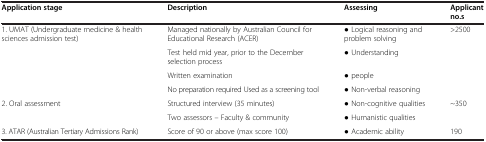
<table><thead><tr><td><b>Application stage</b></td><td><b>Description</b></td><td><b>Assessing</b></td><td><b>Applicant no.s</b></td></tr></thead><tbody><tr><td rowspan="4">1. UMAT (Undergraduate medicine &amp; health sciences admission test)</td><td>Managed nationally by Australian Council for Educational Research (ACER)</td><td>● Logical reasoning and problem solving</td><td rowspan="4">&gt;2500</td></tr><tr><td>Test held mid year, prior to the December selection process</td><td>● Understanding</td></tr><tr><td>Written examination</td><td>● people</td></tr><tr><td>No preparation required Used as a screening tool</td><td>● Non-verbal reasoning</td></tr><tr><td rowspan="2">2. Oral assessment</td><td>Structured interview (35 minutes)</td><td>● Non-cognitive qualities</td><td rowspan="2">~350</td></tr><tr><td>Two assessors – Faculty &amp; community</td><td>● Humanistic qualities</td></tr><tr><td>3. ATAR (Australian Tertiary Admissions Rank)</td><td>Score of 90 or above (max score 100)</td><td>● Academic ability</td><td>190</td></tr></tbody></table>